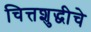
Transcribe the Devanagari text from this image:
चित्तशुद्धीचे